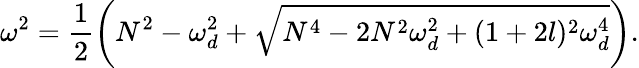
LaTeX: \omega^{2}=\frac{1}{2}\bigg(N^{2}-\omega_{d}^{2}+\sqrt{N^{4}-2N^{2}\omega_{d}^{2}+(1+2l)^{2}\omega_{d}^{4}}\bigg).